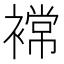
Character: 𮖫